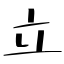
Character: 立